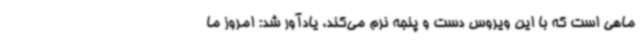
ماهی است که با این ویروس دست و پنجه نرم می‌کند، یادآور شد: امروز ما